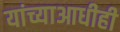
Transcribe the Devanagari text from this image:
यांच्याआधीही